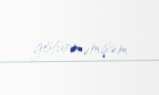
götürməmişəm.